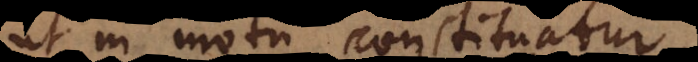
ut in motu constituatur.